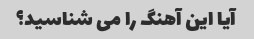
آیا این آهنگ را می شناسید؟